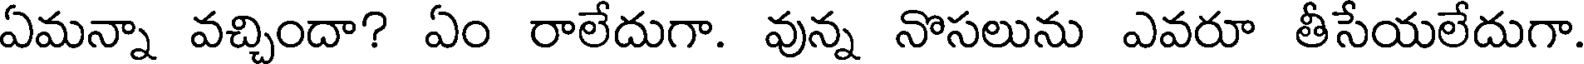
ఏమన్నా వచ్చిందా? ఏం రాలేదుగా. వున్న నొసలును ఎవరూ తీసేయలేదుగా